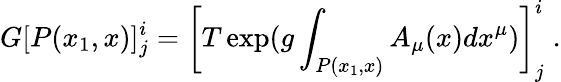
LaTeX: G[P(x_{1},x)]_{j}^{i}=\left[T\exp(g\int_{P(x_{1},x)}A_{\mu}(x)dx^{\mu})\right]_{j}^{i}\; .